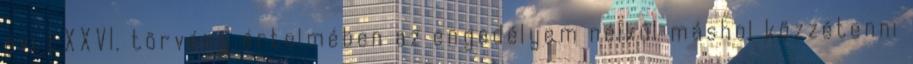
évi LXXVI. törvény értelmében az engedélyem nélkül máshol közzétenni